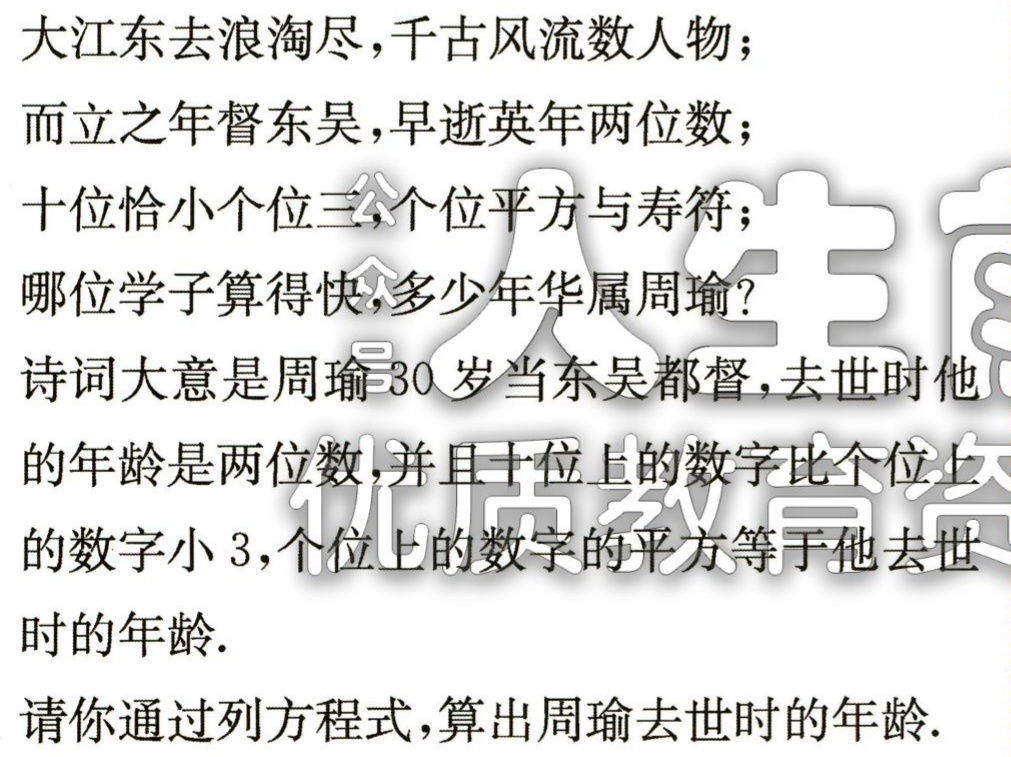
大江东去浪淘尽,千古风流数人物；
而立之年督东吴,早逝英年两位数；
十位恰小个位三,个位平方与寿符；
哪位学子算得快,多少年华属周瑜?
诗词大意是周瑜30岁当东吴都督,去世时他
的年龄是两位数,并且十位上的数字比个位上
的数字小3,个位上的数字的平方等于他去世
时的年龄.
请你通过列方程式,算出周瑜去世时的年龄.